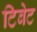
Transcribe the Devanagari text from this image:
टिबेट